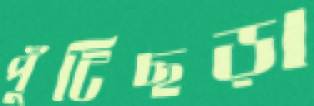
পুঁটিছড়া